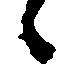
候